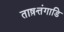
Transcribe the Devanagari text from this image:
ताष़त्तंगाडि